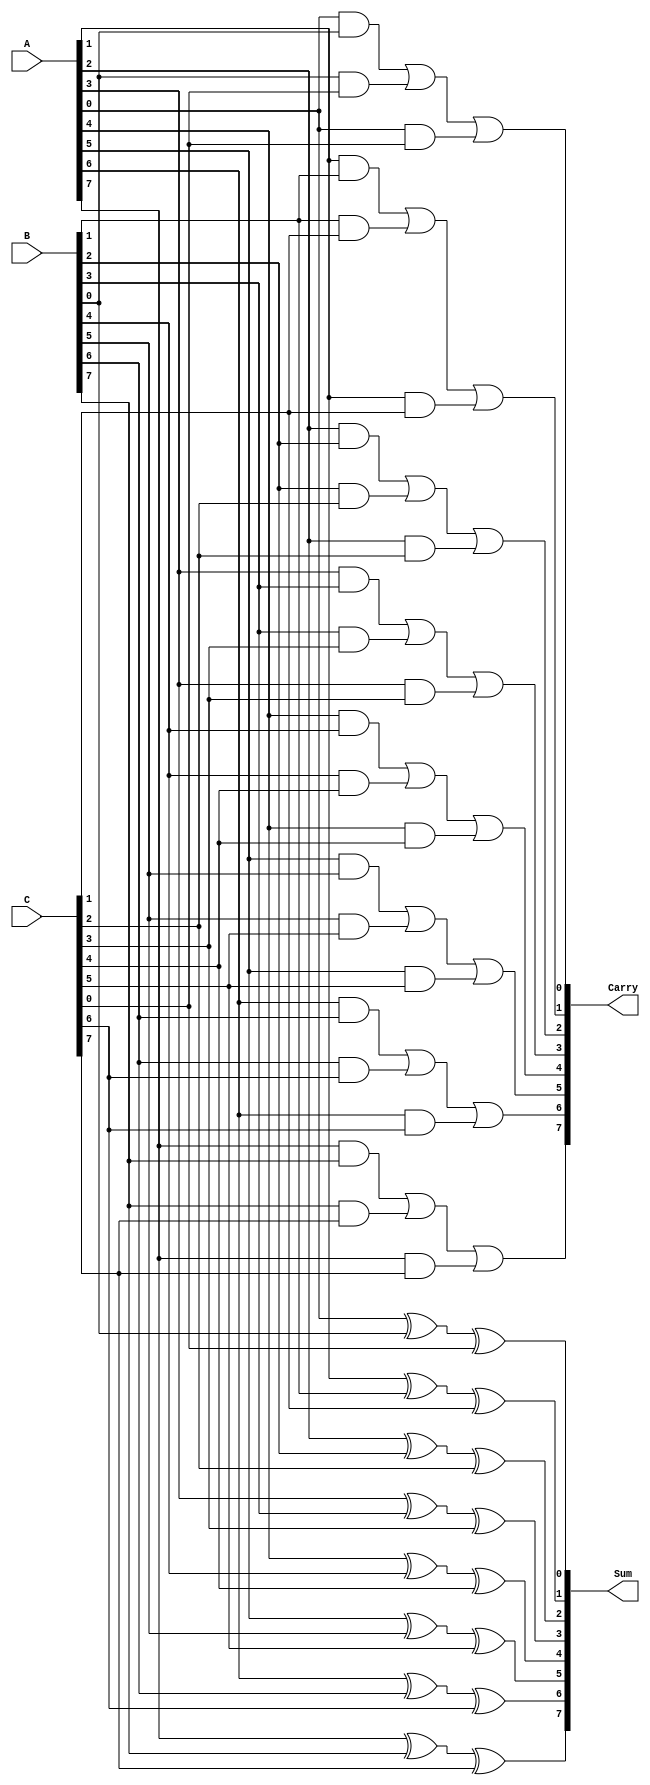
module CarrySaveAdder #(parameter N = 8) (
    input  wire [N-1:0] A,  // First operand
    input  wire [N-1:0] B,  // Second operand
    input  wire [N-1:0] C,  // Third operand
    output wire [N-1:0] Sum, // Preliminary sum output
    output wire [N-1:0] Carry // Carry output
);
    
    // Generate preliminary sum and carry
    genvar i;
    generate
        for (i = 0; i < N; i = i + 1) begin : CSA
            // Compute the preliminary sum bit using XOR
            assign Sum[i] = A[i] ^ B[i] ^ C[i];

            // Compute the carry bits using AND and OR
            assign Carry[i] = (A[i] & B[i]) | (B[i] & C[i]) | (A[i] & C[i]);
        end
    endgenerate

endmodule